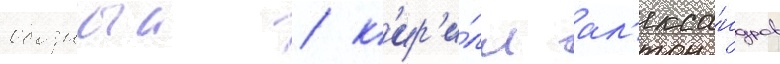
обозныи / к'ир'и́лл ал'екса́ндров